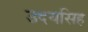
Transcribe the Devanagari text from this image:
उदयसिह